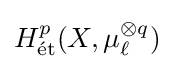
H_{\rm {{\acute {e}}t}}^{p}(X,\mu _{\ell }^{\otimes q})